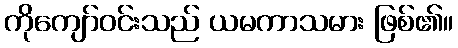
ကိုကျော်ဝင်းသည် ယမကာသမား ဖြစ်၏။